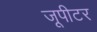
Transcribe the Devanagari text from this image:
जूपीटर